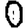
Digit: 0